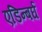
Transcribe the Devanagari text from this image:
एडिन्बर्घ